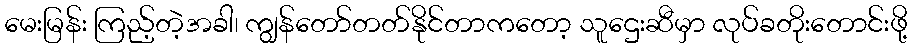
မေးမြန်း ကြည့်တဲ့အခါ၊ ကျွန်တော်တတ်နိုင်တာကတော့ သူဌေးဆီမှာ လုပ်ခတိုးတောင်းဖို့